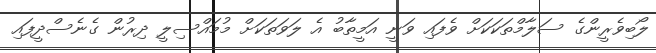
ލޯބިވެރީންގެ ސަލާމްތަކަކަށް ވެފައި ވަނީ އަމީތާބު އެ ލަވަތަކަށް މުމައްސިލީ ދިރުން ގެނެސްދީފައި